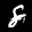
Label: 8